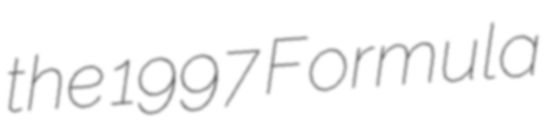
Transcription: the 1997 Formula